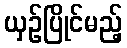
ယှဉ်ပြိုင်မည့်